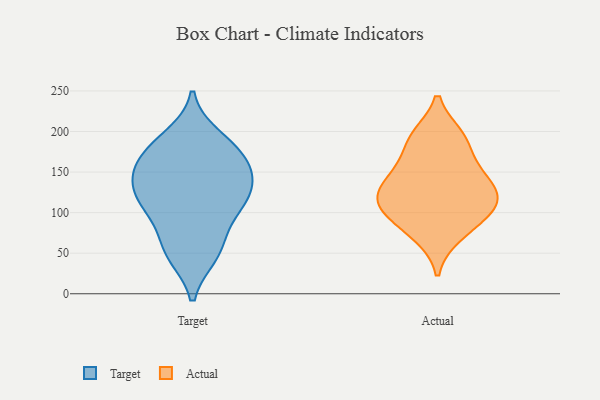
{"axis": {"x": "Operating Costs (USD K)", "y": "Value"}, "legend": ["Actual", "Target"], "data": [{"x": "", "y": 50, "type": "Target"}, {"x": "", "y": 121, "type": "Target"}, {"x": "", "y": 48, "type": "Target"}, {"x": "", "y": 179, "type": "Target"}, {"x": "", "y": 97, "type": "Target"}, {"x": "", "y": 111, "type": "Target"}, {"x": "", "y": 131, "type": "Target"}, {"x": "", "y": 193, "type": "Target"}, {"x": "", "y": 180, "type": "Target"}, {"x": "", "y": 147, "type": "Target"}, {"x": "", "y": 157, "type": "Target"}, {"x": "", "y": 62, "type": "Target"}, {"x": "", "y": 137, "type": "Target"}, {"x": "", "y": 106, "type": "Target"}, {"x": "", "y": 162, "type": "Target"}, {"x": "", "y": 190, "type": "Actual"}, {"x": "", "y": 126, "type": "Actual"}, {"x": "", "y": 104, "type": "Actual"}, {"x": "", "y": 117, "type": "Actual"}, {"x": "", "y": 92, "type": "Actual"}, {"x": "", "y": 148, "type": "Actual"}, {"x": "", "y": 154, "type": "Actual"}, {"x": "", "y": 72, "type": "Actual"}, {"x": "", "y": 118, "type": "Actual"}, {"x": "", "y": 194, "type": "Actual"}]}